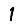
Digit: 1